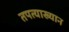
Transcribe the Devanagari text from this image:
तपत्याख्यान